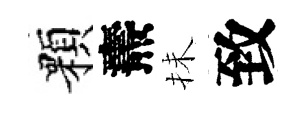
顆燾抺致